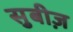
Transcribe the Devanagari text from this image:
सुबीज़